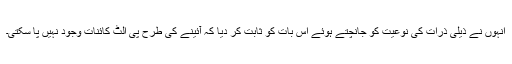
انہوں نے ذیلی ذرّات کی نوعیت کو جانچتے ہوئے اس بات کو ثابت کر دیا کہ آئینے کی طرح پی الٹ کائنات وجود نہیں پا سکتی۔